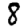
Digit: 8